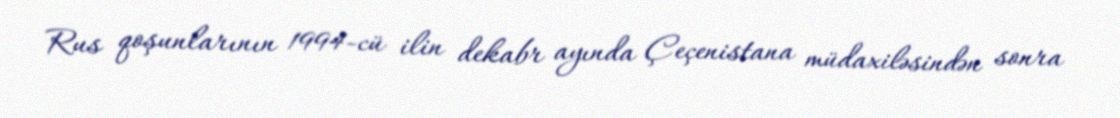
Rus qoşunlarının 1994-cü ilin dekabr ayında Çeçenistana müdaxiləsindən sonra